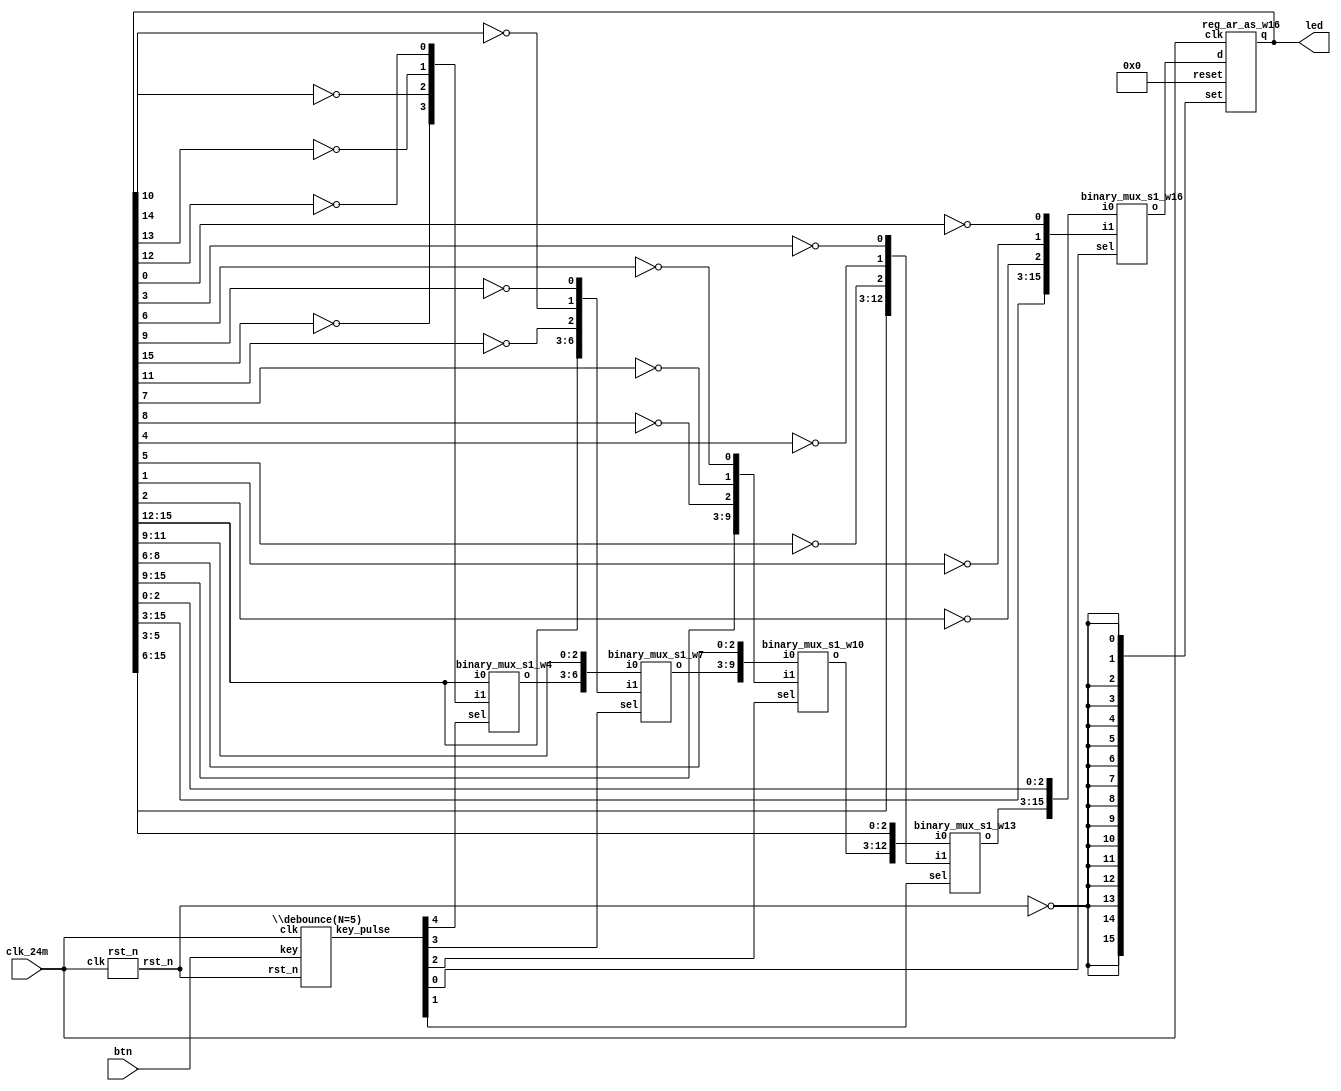
// Verilog netlist created by TD v4.6.12906
// Fri Jul 26 17:43:03 2019

`timescale 1ns / 1ps
module buttons_led  // sources/rtl/buttons_led.v(15)
  (
  btn,
  clk_24m,
  led
  );

  input [4:0] btn;  // sources/rtl/buttons_led.v(22)
  input clk_24m;  // sources/rtl/buttons_led.v(21)
  output [15:0] led;  // sources/rtl/buttons_led.v(23)

  parameter CNT_20MS = 19'b1110101011000000001;
  parameter N = 5;
  wire [4:0] key_pulse;  // sources/rtl/buttons_led.v(27)
  wire [2:0] n1;
  wire [15:0] n10;
  wire [2:0] n2;
  wire [2:0] n3;
  wire [2:0] n4;
  wire [3:0] n5;
  wire [3:0] n6;
  wire [6:0] n7;
  wire [9:0] n8;
  wire [12:0] n9;
  wire n0;
  wire rst_n;  // sources/rtl/buttons_led.v(26)

  binary_mux_s1_w4 mux0 (
    .i0(led[15:12]),
    .i1(n5),
    .sel(key_pulse[4]),
    .o(n6));  // sources/rtl/buttons_led.v(63)
  binary_mux_s1_w7 mux1 (
    .i0({n6,led[11:9]}),
    .i1({led[15:12],n4}),
    .sel(key_pulse[3]),
    .o(n7));  // sources/rtl/buttons_led.v(63)
  binary_mux_s1_w10 mux2 (
    .i0({n7,led[8:6]}),
    .i1({led[15:9],n3}),
    .sel(key_pulse[2]),
    .o(n8));  // sources/rtl/buttons_led.v(63)
  binary_mux_s1_w16 mux3 (
    .i0({n9,led[2:0]}),
    .i1({led[15:3],n1}),
    .sel(key_pulse[0]),
    .o(n10));  // sources/rtl/buttons_led.v(63)
  binary_mux_s1_w13 mux4 (
    .i0({n8,led[5:3]}),
    .i1({led[15:6],n2}),
    .sel(key_pulse[1]),
    .o(n9));  // sources/rtl/buttons_led.v(63)
  reg_ar_as_w16 reg0 (
    .clk(clk_24m),
    .d(n10),
    .reset(16'b0000000000000000),
    .set({n0,n0,n0,n0,n0,n0,n0,n0,n0,n0,n0,n0,n0,n0,n0,n0}),
    .q(led));  // sources/rtl/buttons_led.v(63)
  not u0 (n4[1], led[10]);  // sources/rtl/buttons_led.v(59)
  not u1 (n5[3], led[15]);  // sources/rtl/buttons_led.v(61)
  not u10 (n4[2], led[11]);  // sources/rtl/buttons_led.v(59)
  not u11 (n3[1], led[7]);  // sources/rtl/buttons_led.v(57)
  not u12 (n3[2], led[8]);  // sources/rtl/buttons_led.v(57)
  not u13 (n2[1], led[4]);  // sources/rtl/buttons_led.v(55)
  not u14 (n2[2], led[5]);  // sources/rtl/buttons_led.v(55)
  not u15 (n1[1], led[1]);  // sources/rtl/buttons_led.v(53)
  not u16 (n1[2], led[2]);  // sources/rtl/buttons_led.v(53)
  not u2 (n5[2], led[14]);  // sources/rtl/buttons_led.v(61)
  not u3 (n5[1], led[13]);  // sources/rtl/buttons_led.v(61)
  not u4 (n5[0], led[12]);  // sources/rtl/buttons_led.v(61)
  not u5 (n0, rst_n);  // sources/rtl/buttons_led.v(50)
  not u6 (n1[0], led[0]);  // sources/rtl/buttons_led.v(53)
  not u7 (n2[0], led[3]);  // sources/rtl/buttons_led.v(55)
  not u8 (n3[0], led[6]);  // sources/rtl/buttons_led.v(57)
  not u9 (n4[0], led[9]);  // sources/rtl/buttons_led.v(59)
  \debounce(N=5)  ux_btn (
    .clk(clk_24m),
    .key(btn),
    .rst_n(rst_n),
    .key_pulse(key_pulse));  // sources/rtl/buttons_led.v(34)
  rst_n ux_rst (
    .clk(clk_24m),
    .rst_n(rst_n));  // sources/rtl/buttons_led.v(42)

endmodule 

module binary_mux_s1_w4
  (
  i0,
  i1,
  sel,
  o
  );

  input [3:0] i0;
  input [3:0] i1;
  input sel;
  output [3:0] o;



endmodule 

module binary_mux_s1_w7
  (
  i0,
  i1,
  sel,
  o
  );

  input [6:0] i0;
  input [6:0] i1;
  input sel;
  output [6:0] o;



endmodule 

module binary_mux_s1_w10
  (
  i0,
  i1,
  sel,
  o
  );

  input [9:0] i0;
  input [9:0] i1;
  input sel;
  output [9:0] o;



endmodule 

module binary_mux_s1_w16
  (
  i0,
  i1,
  sel,
  o
  );

  input [15:0] i0;
  input [15:0] i1;
  input sel;
  output [15:0] o;



endmodule 

module binary_mux_s1_w13
  (
  i0,
  i1,
  sel,
  o
  );

  input [12:0] i0;
  input [12:0] i1;
  input sel;
  output [12:0] o;



endmodule 

module reg_ar_as_w16
  (
  clk,
  d,
  en,
  reset,
  set,
  q
  );

  input clk;
  input [15:0] d;
  input en;
  input [15:0] reset;
  input [15:0] set;
  output [15:0] q;



endmodule 

module \debounce(N=5)   // sources/rtl/debounce.v(14)
  (
  clk,
  key,
  rst_n,
  key_pulse
  );

  input clk;  // sources/rtl/debounce.v(20)
  input [4:0] key;  // sources/rtl/debounce.v(23)
  input rst_n;  // sources/rtl/debounce.v(21)
  output [4:0] key_pulse;  // sources/rtl/debounce.v(24)

  parameter CNT_20MS = 19'b1110101011000000001;
  parameter N = 5;
  wire [18:0] cnt;  // sources/rtl/debounce.v(27)
  wire [4:0] key_sec;  // sources/rtl/debounce.v(40)
  wire [4:0] key_sec_pre;  // sources/rtl/debounce.v(39)
  wire [18:0] n2;
  wire [18:0] n3;
  wire [4:0] n4;
  wire [4:0] n5;
  wire n0;
  wire n1;

  add_pu19_pu19_o19 add0 (
    .i0(cnt),
    .i1(19'b0000000000000000001),
    .o(n2));  // sources/rtl/debounce.v(36)
  eq_w19 eq0 (
    .i0(cnt),
    .i1(19'b1110101011000000001),
    .o(n1));  // sources/rtl/debounce.v(33)
  binary_mux_s1_w19 mux0 (
    .i0(n2),
    .i1(19'b0000000000000000000),
    .sel(n1),
    .o(n3));  // sources/rtl/debounce.v(36)
  binary_mux_s1_w5 mux1 (
    .i0(key_sec),
    .i1(key),
    .sel(n1),
    .o(n4));  // sources/rtl/debounce.v(47)
  reg_ar_as_w5 reg0 (
    .clk(clk),
    .d(key_sec),
    .reset(5'b00000),
    .set({n0,n0,n0,n0,n0}),
    .q(key_sec_pre));  // sources/rtl/debounce.v(55)
  reg_ar_as_w19 reg1 (
    .clk(clk),
    .d(n3),
    .reset({n0,n0,n0,n0,n0,n0,n0,n0,n0,n0,n0,n0,n0,n0,n0,n0,n0,n0,n0}),
    .set(19'b0000000000000000000),
    .q(cnt));  // sources/rtl/debounce.v(36)
  reg_ar_as_w5 reg2 (
    .clk(clk),
    .d(n4),
    .reset(5'b00000),
    .set({n0,n0,n0,n0,n0}),
    .q(key_sec));  // sources/rtl/debounce.v(47)
  and u10 (key_pulse[4], n5[4], key_sec_pre[4]);  // sources/rtl/debounce.v(58)
  and u11 (key_pulse[0], n5[0], key_sec_pre[0]);  // sources/rtl/debounce.v(58)
  not u12 (n5[0], key_sec[0]);  // sources/rtl/debounce.v(58)
  not u2 (n5[4], key_sec[4]);  // sources/rtl/debounce.v(58)
  not u3 (n5[3], key_sec[3]);  // sources/rtl/debounce.v(58)
  not u4 (n5[2], key_sec[2]);  // sources/rtl/debounce.v(58)
  not u5 (n0, rst_n);  // sources/rtl/debounce.v(31)
  and u6 (key_pulse[3], n5[3], key_sec_pre[3]);  // sources/rtl/debounce.v(58)
  not u7 (n5[1], key_sec[1]);  // sources/rtl/debounce.v(58)
  and u8 (key_pulse[2], n5[2], key_sec_pre[2]);  // sources/rtl/debounce.v(58)
  and u9 (key_pulse[1], n5[1], key_sec_pre[1]);  // sources/rtl/debounce.v(58)

endmodule 

module rst_n  // sources/rtl/rst.v(14)
  (
  clk,
  rst_n
  );

  input clk;  // sources/rtl/rst.v(16)
  output rst_n;  // sources/rtl/rst.v(17)

  wire [3:0] cnt;  // sources/rtl/rst.v(20)
  wire [3:0] n1;
  wire [3:0] n2;
  wire n0;

  add_pu4_pu4_o4 add0 (
    .i0(cnt),
    .i1(4'b0001),
    .o(n1));  // sources/rtl/rst.v(27)
  eq_w4 eq0 (
    .i0(cnt),
    .i1(4'b1111),
    .o(n0));  // sources/rtl/rst.v(24)
  binary_mux_s1_w4 mux0 (
    .i0(n1),
    .i1(4'b1111),
    .sel(n0),
    .o(n2));  // sources/rtl/rst.v(27)
  reg_ar_as_w4 reg0 (
    .clk(clk),
    .d(n2),
    .reset(4'b0000),
    .set(4'b0000),
    .q(cnt));  // sources/rtl/rst.v(28)
  AL_DFF rst_n_reg (
    .clk(clk),
    .d(n0),
    .reset(1'b0),
    .set(1'b0),
    .q(rst_n));  // sources/rtl/rst.v(36)

endmodule 

module add_pu19_pu19_o19
  (
  i0,
  i1,
  o
  );

  input [18:0] i0;
  input [18:0] i1;
  output [18:0] o;



endmodule 

module eq_w19
  (
  i0,
  i1,
  o
  );

  input [18:0] i0;
  input [18:0] i1;
  output o;



endmodule 

module binary_mux_s1_w19
  (
  i0,
  i1,
  sel,
  o
  );

  input [18:0] i0;
  input [18:0] i1;
  input sel;
  output [18:0] o;



endmodule 

module binary_mux_s1_w5
  (
  i0,
  i1,
  sel,
  o
  );

  input [4:0] i0;
  input [4:0] i1;
  input sel;
  output [4:0] o;



endmodule 

module reg_ar_as_w5
  (
  clk,
  d,
  en,
  reset,
  set,
  q
  );

  input clk;
  input [4:0] d;
  input en;
  input [4:0] reset;
  input [4:0] set;
  output [4:0] q;



endmodule 

module reg_ar_as_w19
  (
  clk,
  d,
  en,
  reset,
  set,
  q
  );

  input clk;
  input [18:0] d;
  input en;
  input [18:0] reset;
  input [18:0] set;
  output [18:0] q;



endmodule 

module add_pu4_pu4_o4
  (
  i0,
  i1,
  o
  );

  input [3:0] i0;
  input [3:0] i1;
  output [3:0] o;



endmodule 

module eq_w4
  (
  i0,
  i1,
  o
  );

  input [3:0] i0;
  input [3:0] i1;
  output o;



endmodule 

module reg_ar_as_w4
  (
  clk,
  d,
  en,
  reset,
  set,
  q
  );

  input clk;
  input [3:0] d;
  input en;
  input [3:0] reset;
  input [3:0] set;
  output [3:0] q;



endmodule 

module AL_DFF
  (
  input reset,
  input set,
  input clk,
  input d,
  output reg q
  );

  parameter INI = 1'b0;

  always @(posedge reset or posedge set or posedge clk)
  begin
    if (reset)
      q <= 1'b0;
    else if (set)
      q <= 1'b1;
    else
      q <= d;
  end

endmodule